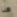
هنا